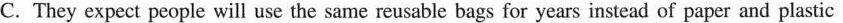
C. They expect people will use the same reusable bags for years instead of paper and plastic